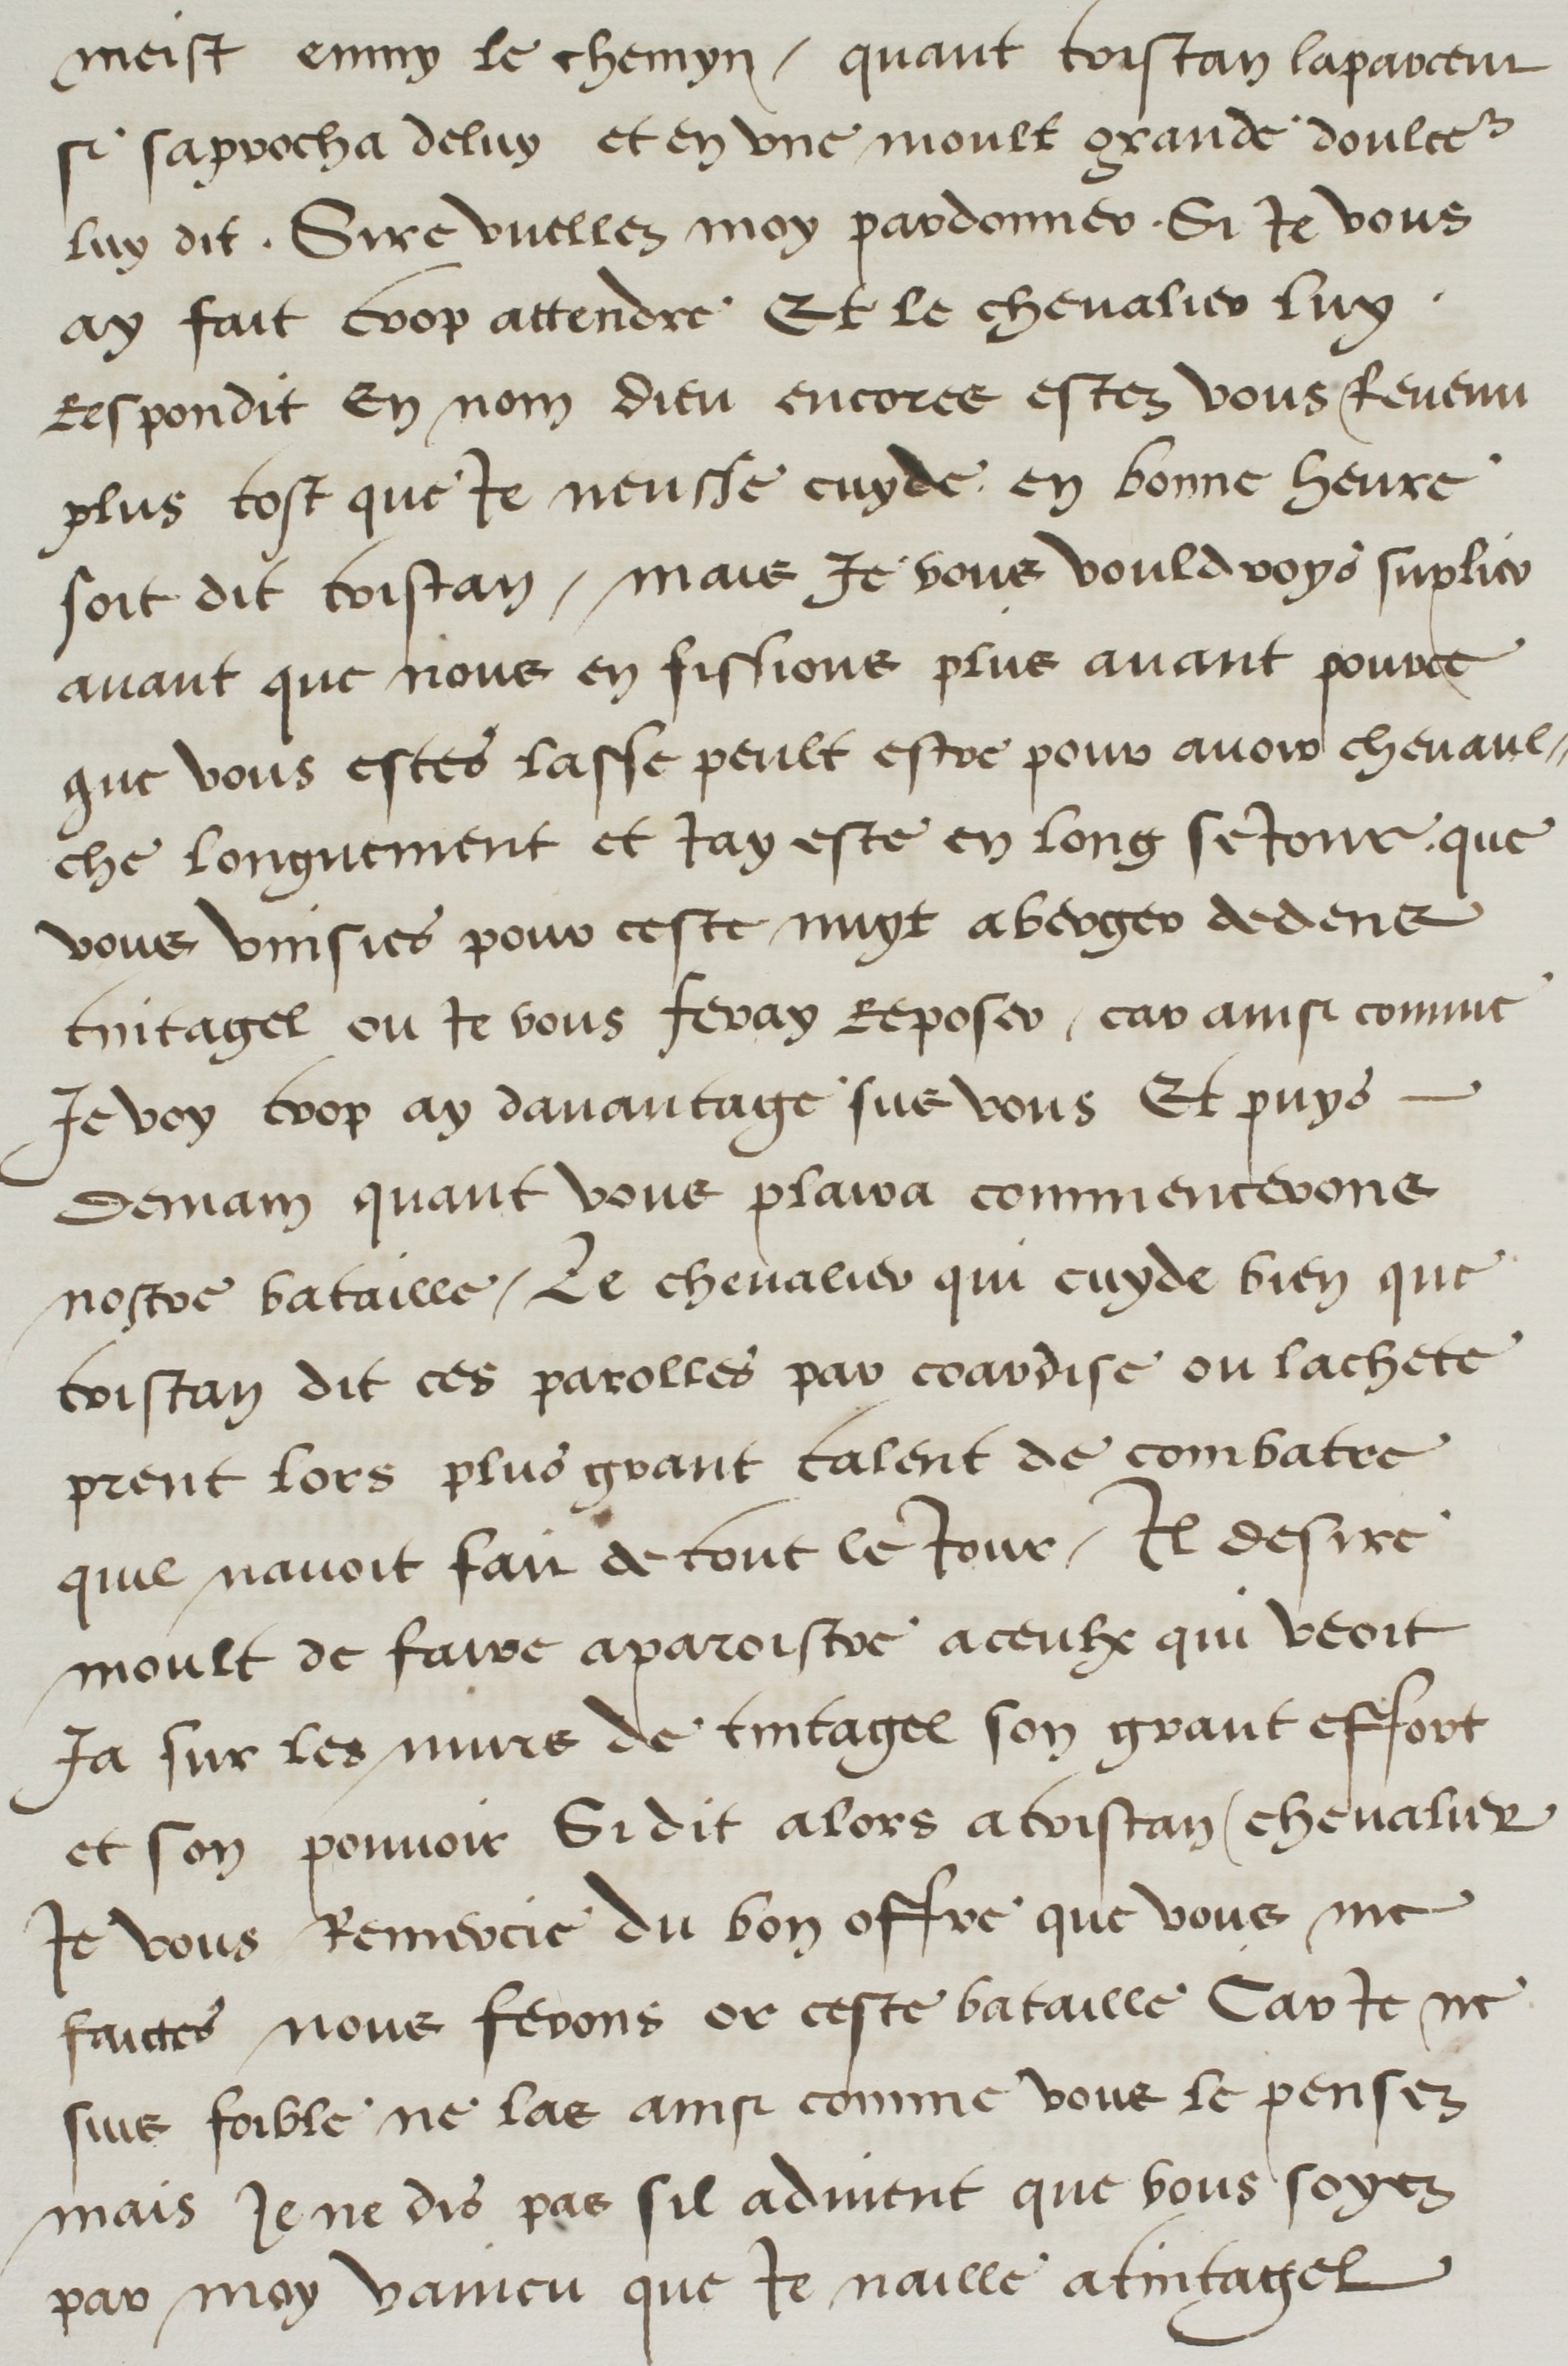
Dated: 1500–1599